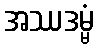
အဿဒမ္မံ